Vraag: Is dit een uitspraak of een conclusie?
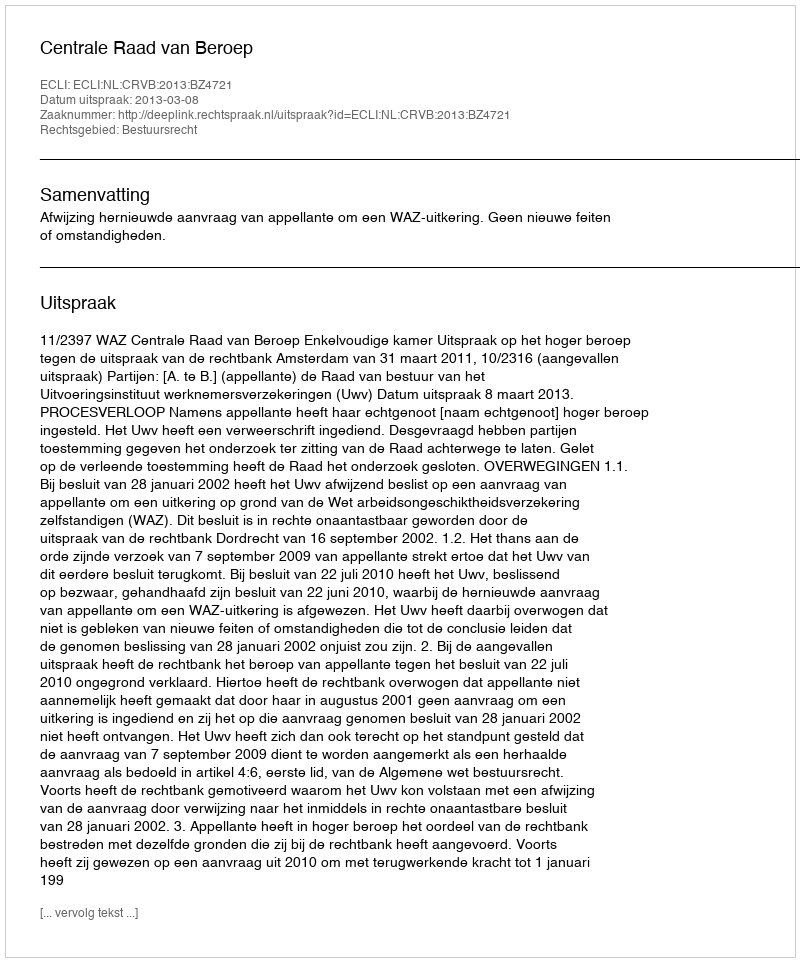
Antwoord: Uitspraak